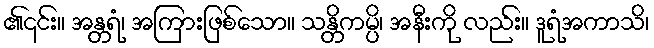
၏၎င်း။ အန္တရံ၊ အကြားဖြစ်သော။ သန္တိကမ္ပိ၊ အနီးကို လည်း။ ဒူရံအကာသိ၊